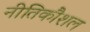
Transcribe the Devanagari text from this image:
नीतिकौशल